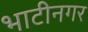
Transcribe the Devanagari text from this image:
भाटीनगर